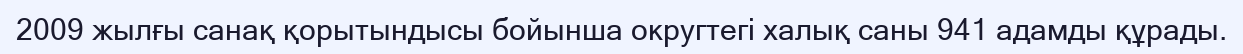
2009 жылғы санақ қорытындысы бойынша округтегі халық саны 941 адамды құрады.